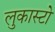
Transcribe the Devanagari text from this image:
लुकास्टो